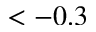
< - 0 . 3